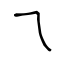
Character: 乁